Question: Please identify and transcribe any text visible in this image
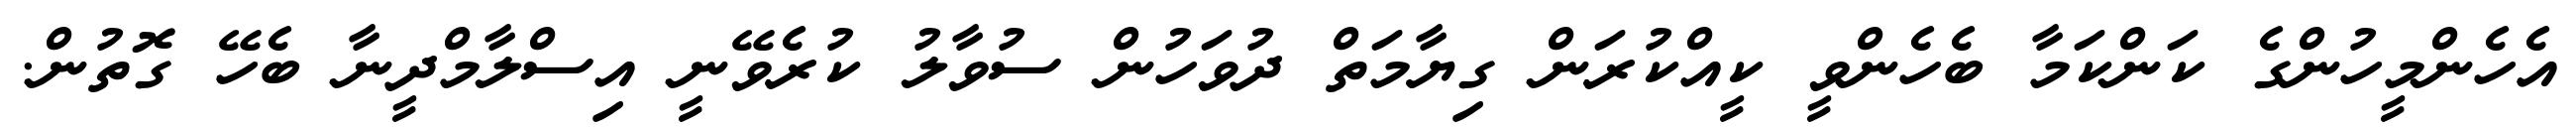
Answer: އެހެންމީހުންގެ ކަންކަމާ ބެހެންވީ ކީއްކުރަން ގިޔާމަތް ދުވަހުން ސުވާލު ކުރެވޭނީ އިސްލާމްދީނާ ބެހޭ ގޮތުން.